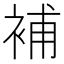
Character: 補